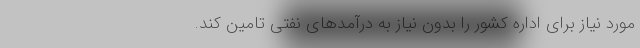
مورد نیاز برای اداره کشور را بدون نیاز به درآمدهای نفتی تامین کند.